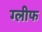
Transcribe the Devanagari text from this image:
ग्लीफ